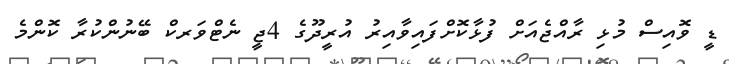
ޑީ ވޮއިސް މުޅި ރާއްޖެއަށް ފުޅާކޮށްފައިވާއިރު އުރީދޫގެ 4ޖީ ނެޓްވަރކް ބޭނުންކުރާ ކޮންމެ